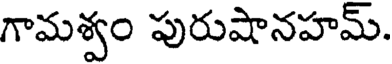
గామశ్వం పురుషానహమ్.